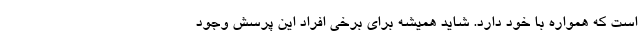
است که همواره با خود دارد. شاید همیشه برای برخی افراد این پرسش وجود